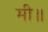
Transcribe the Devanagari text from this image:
मी॥